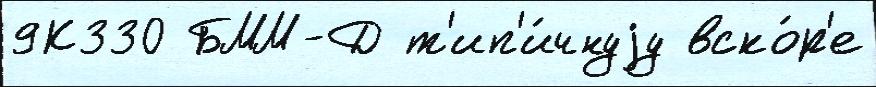
9К330 БММ-Д т'ип'и́чнуjу вско́р'е